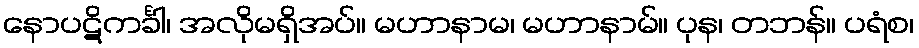
နောပဋိကင်္ခါ၊ အလိုမရှိအပ်။ မဟာနာမ၊ မဟာနာမ်။ ပုန၊ တဘန်။ ပရံစ၊